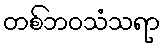
တစ်ဘဝသံသရာ